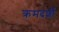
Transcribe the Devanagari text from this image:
क्रमदर्शी